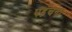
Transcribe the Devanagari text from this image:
पहँचना